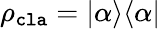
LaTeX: \rho_{\mathtt{cla}}=|\alpha\rangle\langle\alpha|